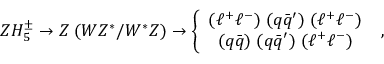
Z H _ { 5 } ^ { \pm } \to Z \; ( W Z ^ { * } / W ^ { * } Z ) \to \left\{ \begin{array} { c } { { ( \ell ^ { + } \ell ^ { - } ) \; ( q \bar { q } ^ { \prime } ) \; ( \ell ^ { + } \ell ^ { - } ) } } \\ { { ( q \bar { q } ) \; ( q \bar { q } ^ { \prime } ) \; ( \ell ^ { + } \ell ^ { - } ) } } \end{array} \right. \; ,